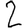
Digit: 2